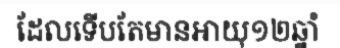
ដែលទើបតែមានអាយុ១២ឆ្នាំ